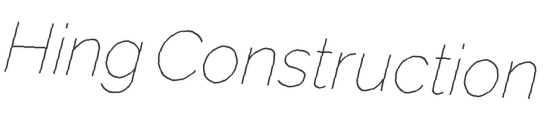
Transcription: Hing Construction